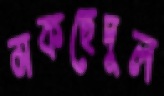
মকছেদুল